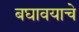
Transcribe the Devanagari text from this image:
बघावयाचे